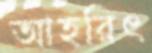
আহরিৎ